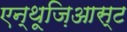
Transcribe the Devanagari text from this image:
एन्थूज़िआस्ट